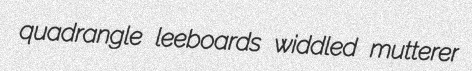
quadrangle leeboards widdled mutterer